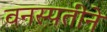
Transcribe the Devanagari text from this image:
वनस्पतीने